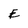
Character: E